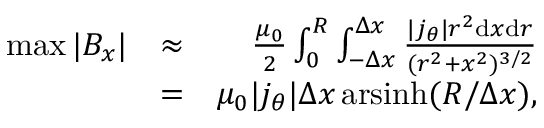
\begin{array} { r l r } { \operatorname* { m a x } | B _ { x } | } & { \approx } & { \frac { \mu _ { 0 } } { 2 } \int _ { 0 } ^ { R } \int _ { - \Delta x } ^ { \Delta x } \frac { | j _ { \theta } | r ^ { 2 } \mathrm { d } x \mathrm { d } r } { ( r ^ { 2 } + x ^ { 2 } ) ^ { 3 / 2 } } } \\ & { = } & { \mu _ { 0 } | j _ { \theta } | \Delta x \operatorname { a r s i n h } ( R / \Delta x ) , } \end{array}